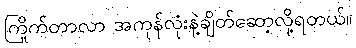
ကြိုက်တာလာ အကုန်လုံးနဲ့ချိတ်ဆော့လို့ရတယ်။